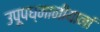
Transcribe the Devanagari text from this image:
उपूपध्मानीयानां